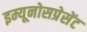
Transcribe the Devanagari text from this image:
इम्यूनोसप्रेसेंट